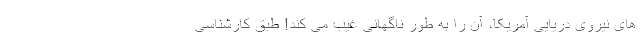
های نیروی دریایی آمریکا، آن را به طور ناگهانی غیب می کند! طبق کارشناسی